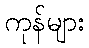
ကုန်များ